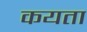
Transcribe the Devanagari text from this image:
कयता